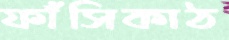
ফাঁসিকাঠ